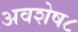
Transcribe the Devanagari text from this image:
अवशेष८